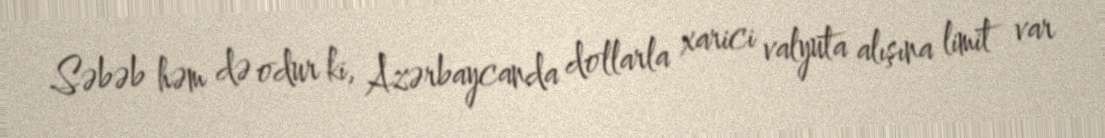
Səbəb həm də odur ki, Azərbaycanda dollarla xarici valyuta alışına limit var